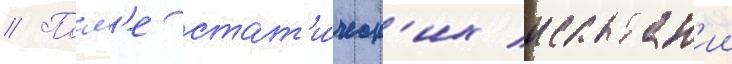
// Посл'е стат'и́ческ'их испытан'ии